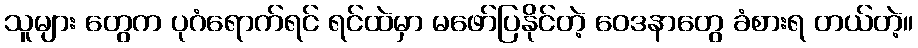
သူများ တွေက ပုဂံရောက်ရင် ရင်ထဲမှာ မဖော်ပြနိုင်တဲ့ ဝေဒနာတွေ ခံစားရ တယ်တဲ့။